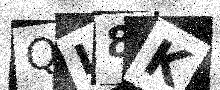
Text: QI8K